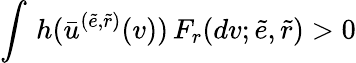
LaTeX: \int\, h(\bar{u}^{(\tilde{e},\tilde{r})}(v))\, F_{r}(dv;\tilde{e},\tilde{r})>0